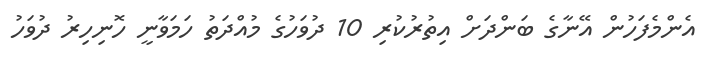
އެންމެފަހުން އޭނާގެ ބަންދަށް އިތުރުކުރި 10 ދުވަހުގެ މުއްދަތު ހަމަވާނީ ހޮނިހިރު ދުވަހު